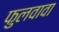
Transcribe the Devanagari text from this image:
फुलवावा